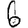
Digit: 6